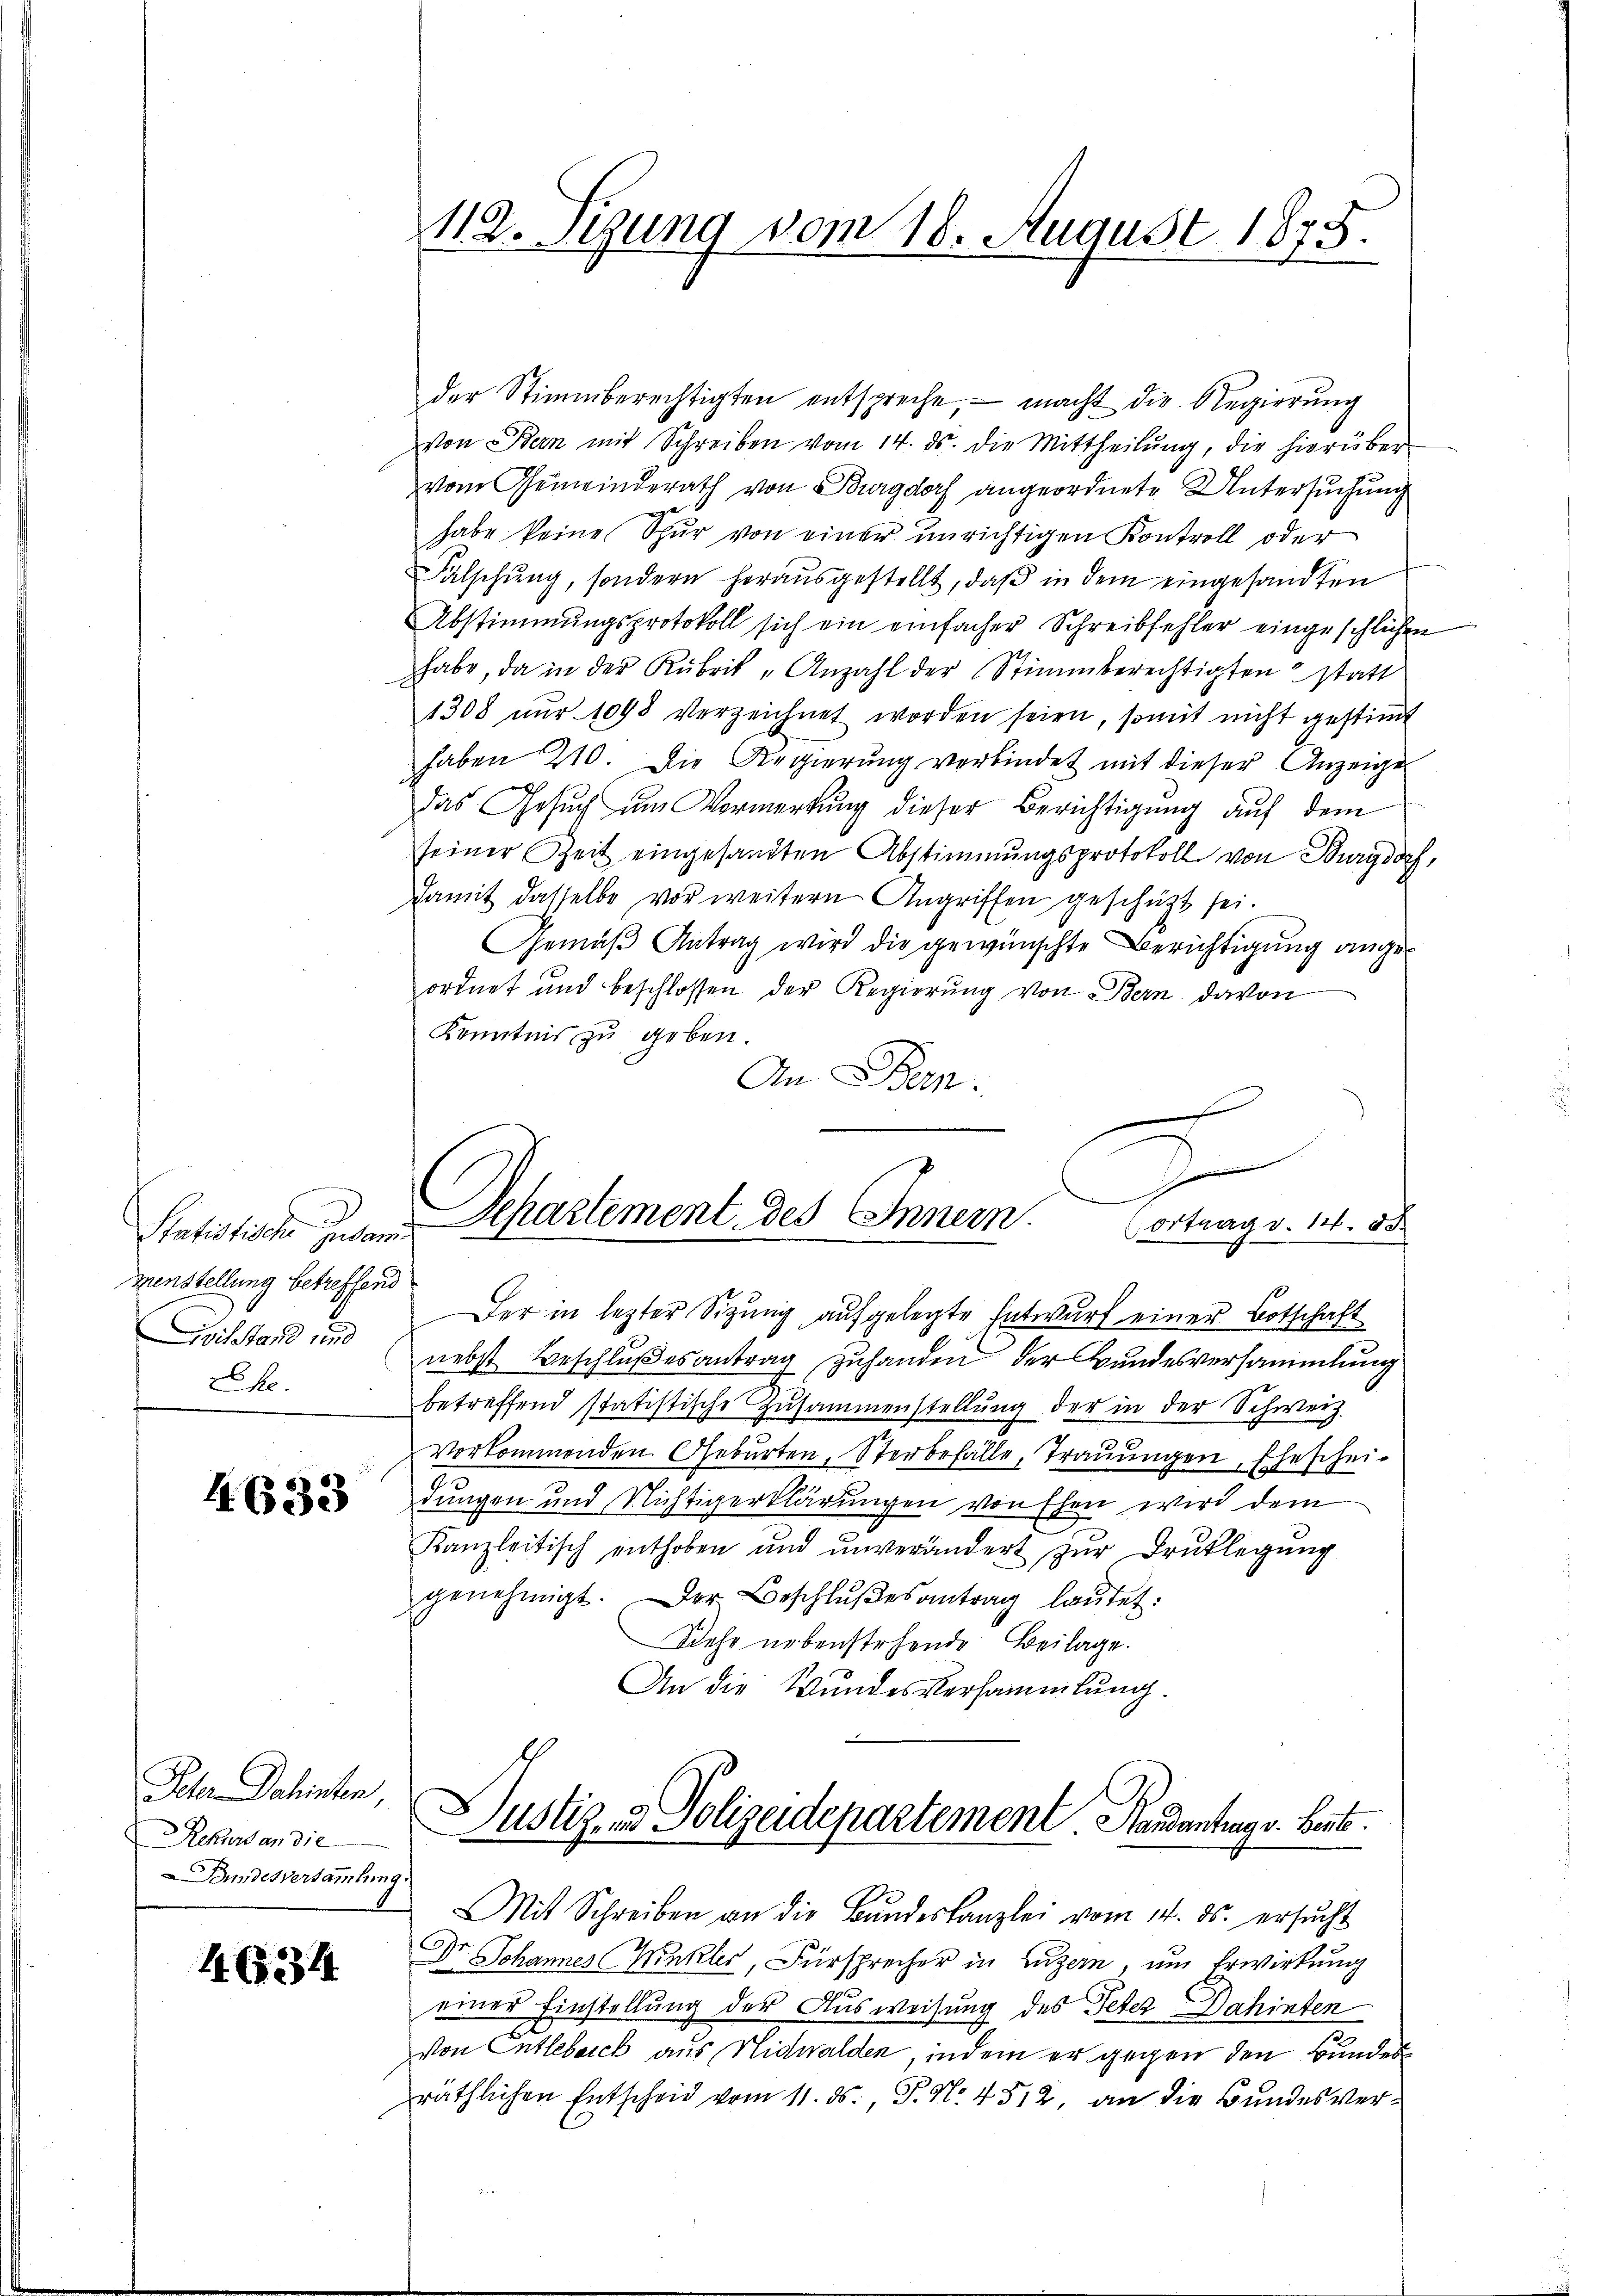
Statistische zusam
menstellung betreffend
Civilstand und
Ehe.

4633

Peter Dahinten
Rekurs an die
Bundesversamlung.

46234

112. Segung vom 18. August 1875.

der Stimmberechtigten entspreche, – macht die Regierung
von Bern mit Schreiben vom 14. ds. die Mittheilŭng, die hierüber
vom Gemeinderath von Burgdorf angeordnete Untersuchung
habe keine Spur von einer unrichtigen Kontroll oder
Fälschung, sondern herausgestellt, daß in dem eingesandten
Abstimmungsprotokoll sich ein einfacher Schreibfehler eingeschlichen
habe, da in der Rubrik „Anzahl der Stimmberechtigten statt
1308 nŭr 1098 verzeichnet worden seien, somit nicht gestimmt
haben 210. Die Regierung verbindet mit dieser Anzeige
das Gesuch um Vormerkung dieser Berichtigung auf dem
seiner Zeit eingesandten Abstimmungsprotokoll von Burgdorf,
damit dasselbe vor weitern Angriffen geschützt sei.
Gemäß Antrag wird die gewünschte Berichtigung angeordnet und beschlossen der Regierung von Bern davon
Kenntnis zu geben.
An Bern.
e

Departement des Innern.
Cortrag v. 14. d.

Der in lezter Sizung aufgelegte Entwurf einer Botschaft
nebst Beschlußes antrag zuhanden der Bundesversammlung
betreffend statistische Zusammenstellung der in der Schweiz.
Vorkommenden Geburten, Sterbefälle, Trauungen, Eheschei-
dungen und Nichtigerklärungen von Ehen wird dem
Kanzleitisch enthoben und unverändert zur Drucklegung
genehmigt. Der Beschlŭβesantrag laŭtet:
Sehr nebenstehende Beilage.
An die Wundesversammlung
n
Justiz- und Polizeidepartement. Handantrag v. Baute.
Mit Schreiben an die Bŭndeskanzlei vom 14. ds. ersŭcht
Dr Johannes (Winkler, Fürsprecher in Luzern um Erwirkung
einer Einstellung der Ausweisung des Peter Dahinten
von Entlebach aus Nidwalden, indem er gegen den Bundesräthlichen Entscheid vom 11. ds. P. N. 4512. an die Bundesver¬